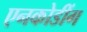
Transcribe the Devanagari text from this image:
एनकोडींग